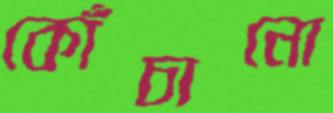
কোঁচানো